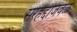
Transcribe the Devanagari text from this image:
सरहद्दीजवळ